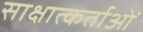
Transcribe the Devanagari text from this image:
साक्षात्कर्ताओं